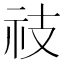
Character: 䃽